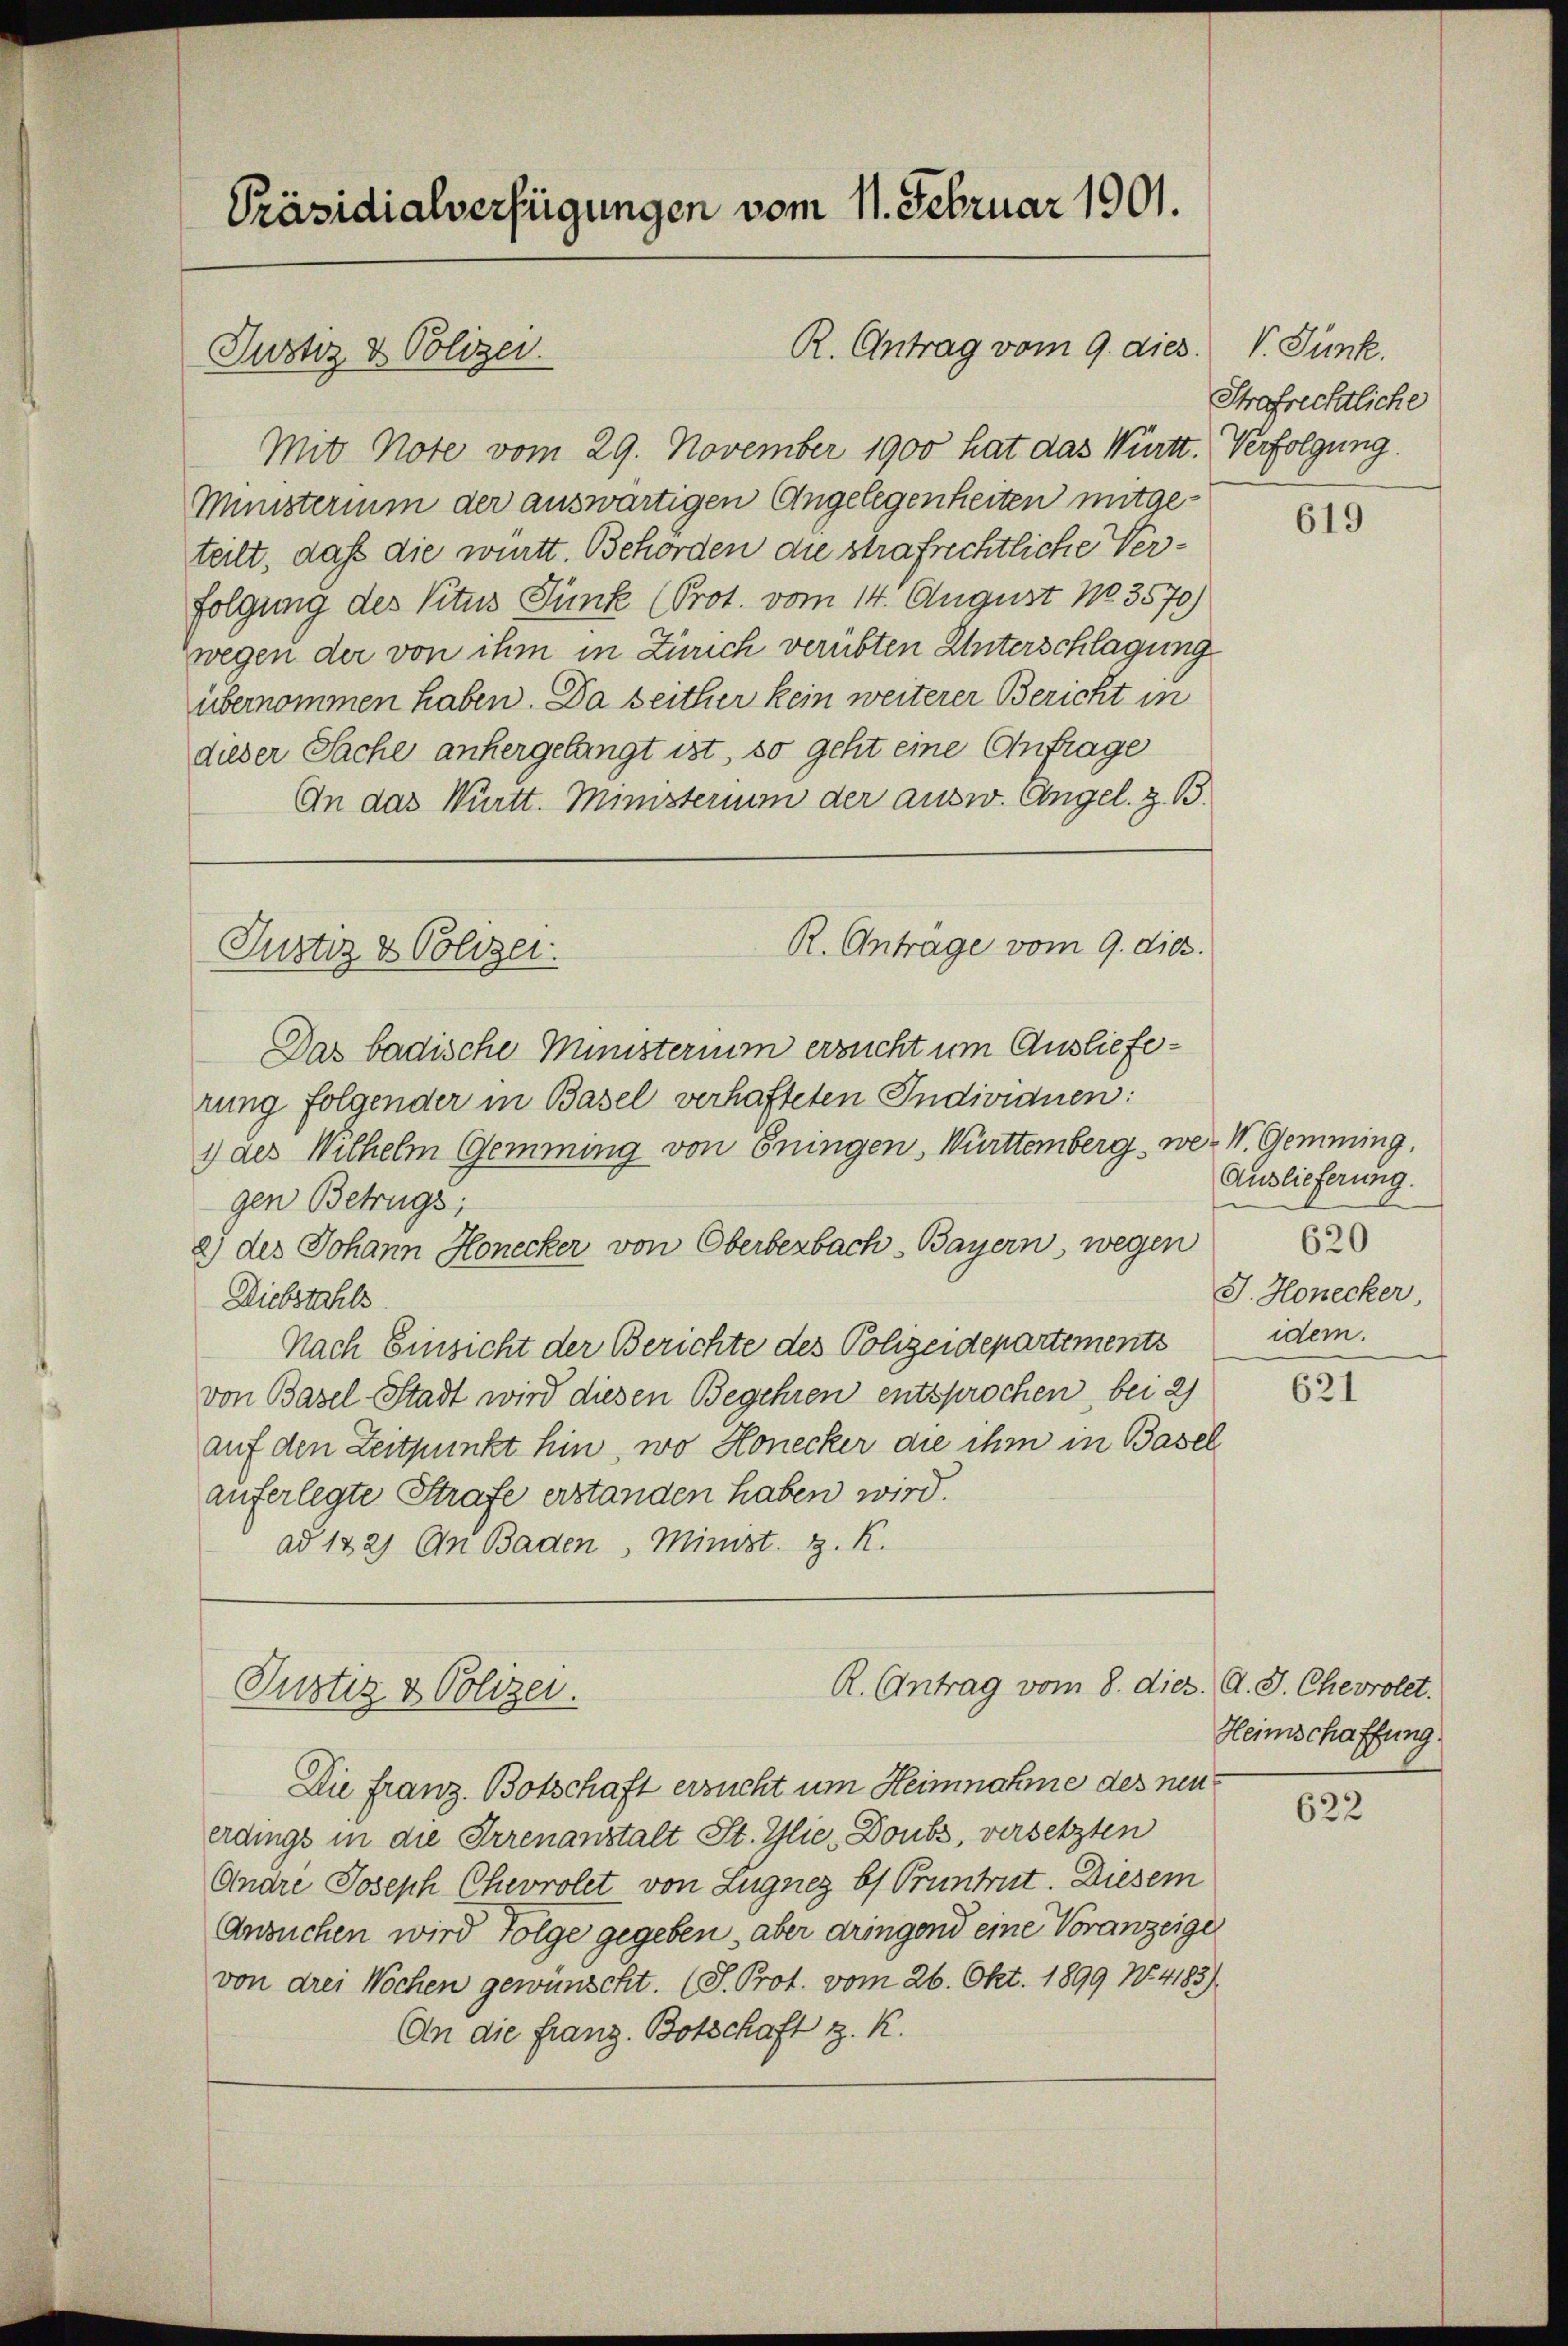
Präsidialverfügungen vom 11. Februar 1901.
R. Antrag vom 9. dies
Justiz & Polizei.

Mit Note vom 29. November 1900 hat das Württ. Verfolgung.
Ministerium der auswärtigen Angelegenheiten mitgeteilt, daß die württ. Behörden die strafrechtliche Verfolgung des Vitus Funk (Prot. vom 14. August 1803570)
wegen der von ihm in Zürich verübten Unterschlagung
übernommen haben. Da seither kein weiterer Bericht in
dieser Sache anhergelangt ist, so geht eine Antrage
An das Württ. Ministerium der ausw. Engel. z. B.
Das badische Ministerium ersucht um Auslieferung folgender in Basel verhafteten Individuen:
1 des Wilhelm Gemming von Eningen, Württemberg wer V. Gemming,
gen Betrugs;
2) des Johann Honecker von Oberberbach-Bayern, wegen
Diebstahls
Nach Einsicht der Berichte des Polizeidepartements
von Basel-Stadt wird diesen Begehren entsprochen, bei 2)
auf den Zeitpunkt hin, wo Honecker die ihm in Basel
auferlegte Strafe erstanden haben wird.
ad 122) An Baden, Minist z. K.

R. Anträge vom 9. dies
Justiz & Polizei.

Die franz Botschaft ersucht um Heimnahme des neuerdings in die Irrenanstalt St. Glie, Doubs, versetzten
Andre Joseph Chevrolet von Lugnez b) Pruntrut. Diesem
Ansuchen wird folge gegeben, aber dringend eine Voranzeige
von drei Wochen gewünscht. (T. Prot. vom 26. Okt. 1899 No 4183)
An die Franz Botschaft z. K.

R. Antrag vom 8. dies. d. J. Chevrolet.
Justiz & Polizei.

V. Junk.
Strafrechtliche

619

Auslieferung.
J. Honecker,
idem.

621

Heimschaffung

622